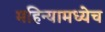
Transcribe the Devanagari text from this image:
महिन्यामध्येच